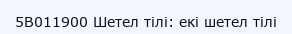
5В011900 Шетел тілі: екі шетел тілі